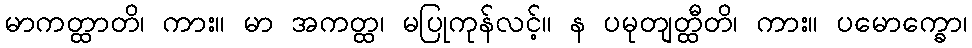
မာကတ္ထာတိ၊ ကား။ မာ အကတ္ထ၊ မပြုကုန်လင့်။ န ပမုတျတ္ထီတိ၊ ကား။ ပမောက္ခော၊